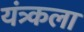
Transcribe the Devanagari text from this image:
यंत्र्कला